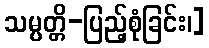
သမ္ပတ္တိ-ပြည့်စုံခြင်း၊]